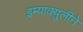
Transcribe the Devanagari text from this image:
इम्‍याक्‍युलीने